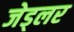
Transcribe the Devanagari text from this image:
जेड्लर